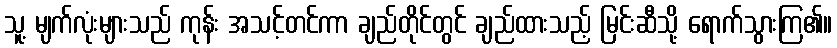
သူ့ မျက်လုံးများသည် ကုန်း အသင့်တင်ကာ ချည်တိုင်တွင် ချည်ထားသည့် မြင်းဆီသို့ ရောက်သွားကြ၏။